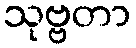
သုဗ္ဗတာ